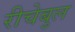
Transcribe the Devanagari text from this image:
रीचेबुल